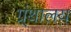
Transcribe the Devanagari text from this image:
ग्र्ंथालय